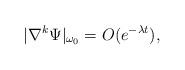
LaTeX: \begin{align*}|\nabla^k\Psi|_{\omega_0} =O(e^{-\lambda t}),\end{align*}